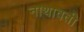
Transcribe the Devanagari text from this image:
नाथावती